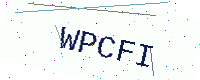
Text: WPCFI